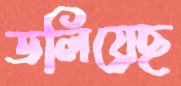
ডলিয়েছ